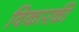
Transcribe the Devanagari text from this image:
विकारकी